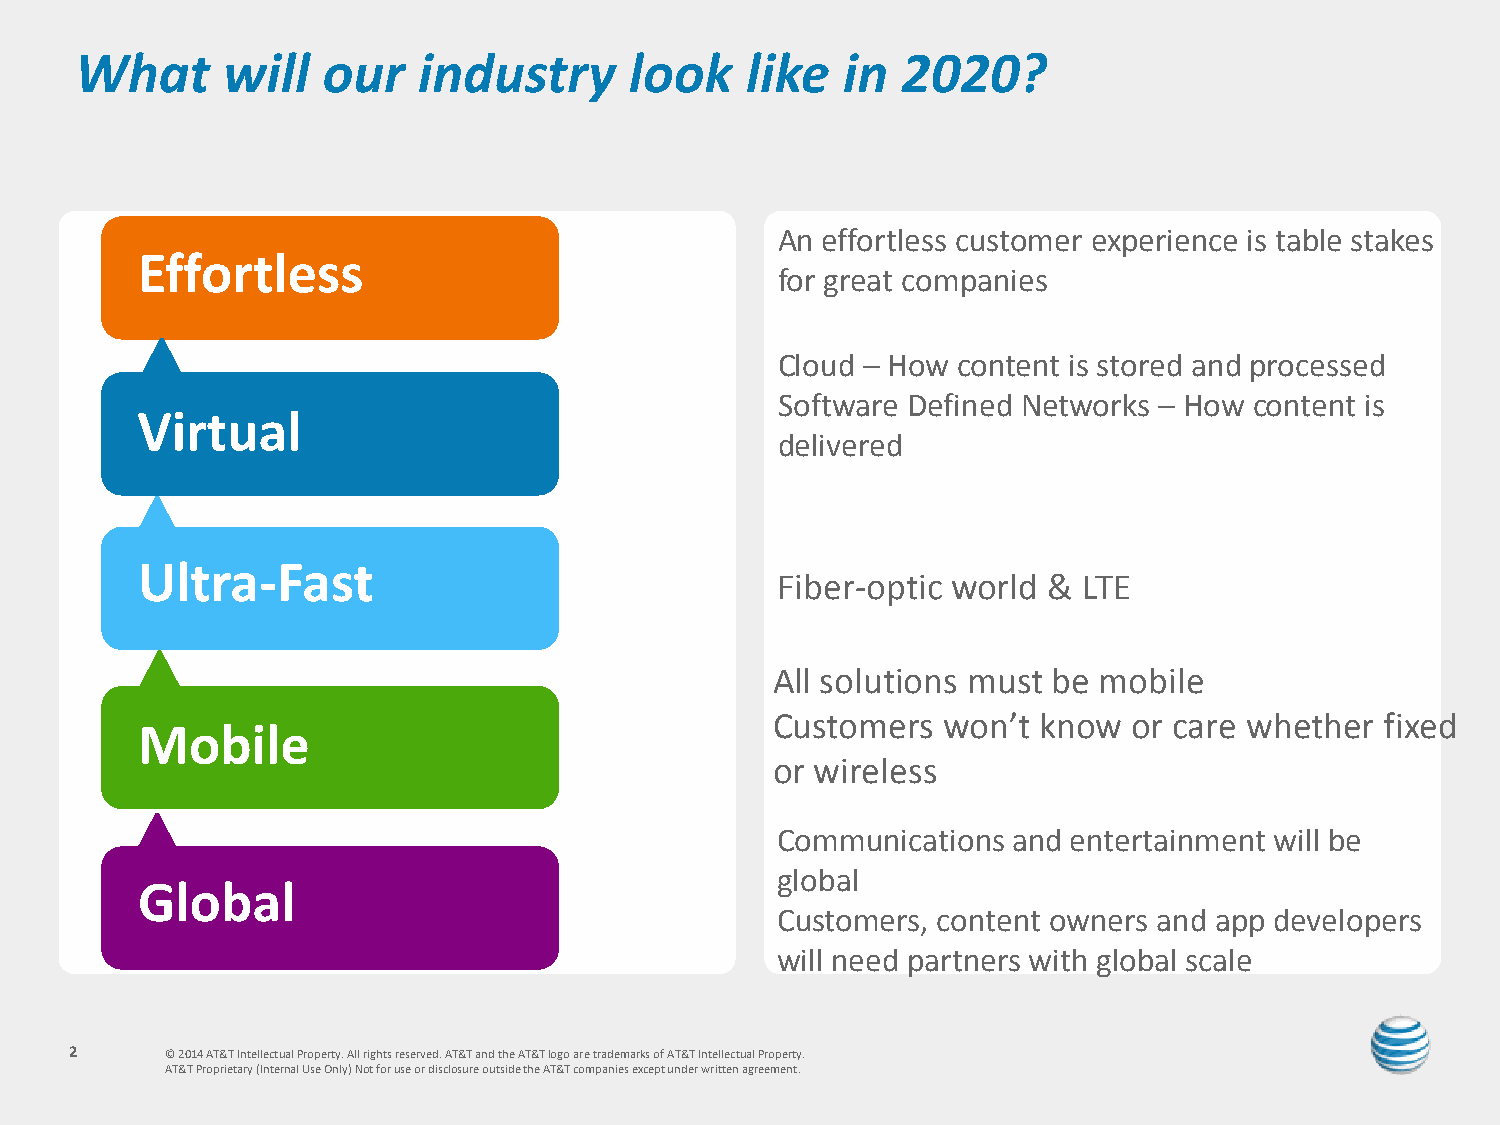
What      will  our    industry      look   like   in  2020?
 An effortless customer experience is table stakes
 Effortless
 for gr eat companies
 Cloud – How content is stored and processed
 So ftware Defined Networks – How content is
 Virtual
 delivered
 Ultra-Fast
 Fiber-optic world &  LTE
 All solutions must be mobile
 Customers  won’t  know  or care whether  fixed
 Mobile
 or wireless
 Communications  and entertainment will be
 global
 Global
 Customers, content owners and app developers
 will need partners with global scale
 2     © 2014 AT&T Intellectual Property. All rights reserved. AT&T and the AT&T logo are trademarks of AT&T Intellectual Property.
 AT&T Proprietary (Internal Use Only) Not for use or disclosure outside the AT&T companies except under written agreement.